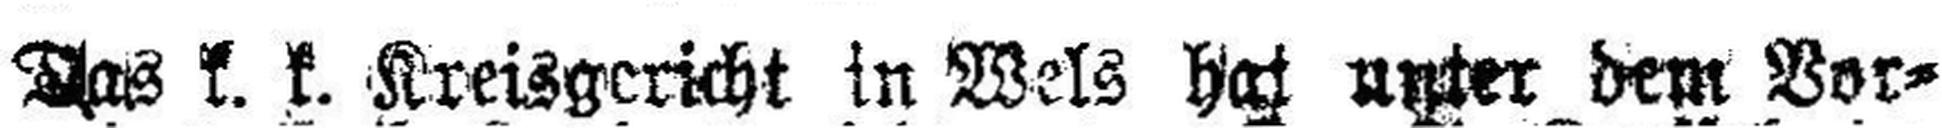
Das k. k. Kreisgericht in Wels hat unter dem Vor¬